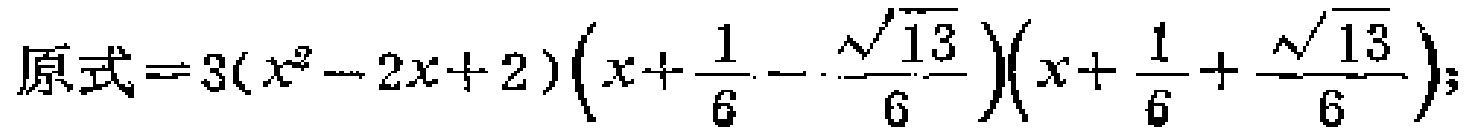
原式\(=3(x^{2}-2x + 2)\left(x+\frac{1}{6}-\frac{\sqrt{13}}{6}\right)\left(x+\frac{1}{6}+\frac{\sqrt{13}}{6}\right);\)